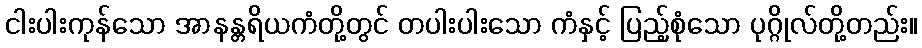
ငါးပါးကုန်သော အာနန္တရိယကံတို့တွင် တပါးပါးသော ကံနှင့် ပြည့်စုံသော ပုဂ္ဂိုလ်တို့တည်း။